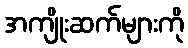
အကျိုးဆက်များကို